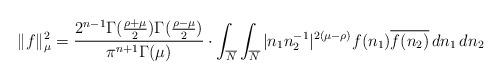
LaTeX: \begin{align*} \|f\|_\mu^2 = \frac{2^{n-1}\Gamma(\frac{\rho+\mu}{2})\Gamma(\frac{\rho-\mu}{2})}{\pi^{n+1}\Gamma(\mu)}\cdot\int_{\overline{N}}\int_{\overline{N}} |n_1n_2^{-1}|^{2(\mu-\rho)} f(n_1)\overline{f(n_2)} \,dn_1 \,dn_2\end{align*}